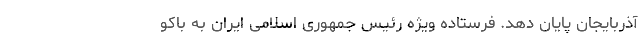
آذربایجان پایان دهد. فرستاده ویژه رئیس جمهوری اسلامی ایران به باکو